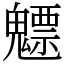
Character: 魒